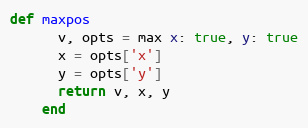
Language: Ruby
def maxpos
      v, opts = max x: true, y: true
      x = opts['x']
      y = opts['y']
      return v, x, y
    end